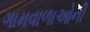
ગામવાળાઓની